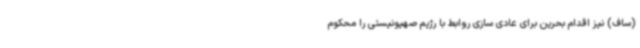
(ساف) نیز اقدام بحرین برای عادی سازی روابط با رژیم صهیونیستی را محکوم